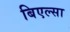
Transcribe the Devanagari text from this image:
बिएल्सा